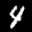
Label: 4